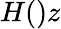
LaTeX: H()z